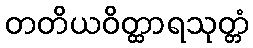
တတိယဝိတ္ထာရသုတ္တံ